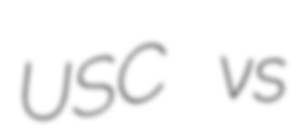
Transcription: USC vs